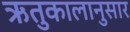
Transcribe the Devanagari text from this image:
ऋतुकालानुसार